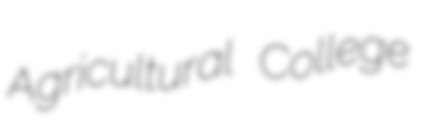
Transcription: Agricultural College